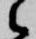
候